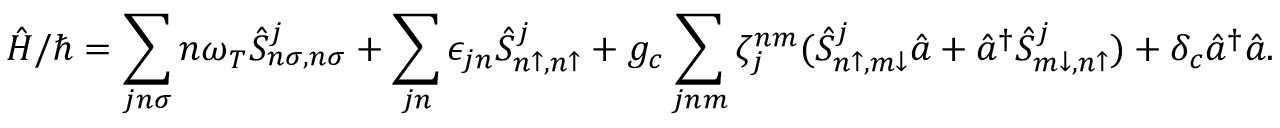
\hat { H } / \hbar = \sum _ { j n \sigma } n \omega _ { T } \hat { S } _ { n \sigma , n \sigma } ^ { j } + \sum _ { j n } \epsilon _ { j n } \hat { S } _ { n \uparrow , n \uparrow } ^ { j } + g _ { c } \sum _ { j n m } \zeta _ { j } ^ { n m } ( \hat { S } _ { n \uparrow , m \downarrow } ^ { j } \hat { a } + \hat { a } ^ { \dag } \hat { S } _ { m \downarrow , n \uparrow } ^ { j } ) + \delta _ { c } \hat { a } ^ { \dag } \hat { a } .